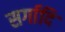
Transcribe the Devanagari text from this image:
सर्गादि